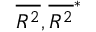
\overline { { R ^ { 2 } } } , \overline { { R ^ { 2 } } } ^ { * }